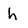
Character: h